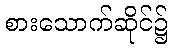
စားသောက်ဆိုင်၌